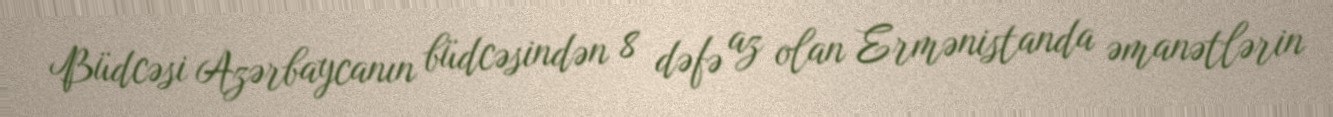
Büdcəsi Azərbaycanın büdcəsindən 8 dəfə az olan Ermənistanda əmanətlərin